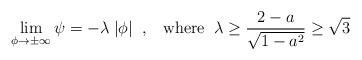
LaTeX: \begin{align*}\lim_{\phi \to \pm \infty} \psi = - \lambda \; |\phi| \; \; , \; \; \; {\rm where} \; \; \lambda \ge \frac{2 - a}{\sqrt{1 - a^2}} \ge \sqrt{3}\end{align*}